Civil Veterinary Department Bihar reports 1936-40 - 1936-1940
Year: 1936
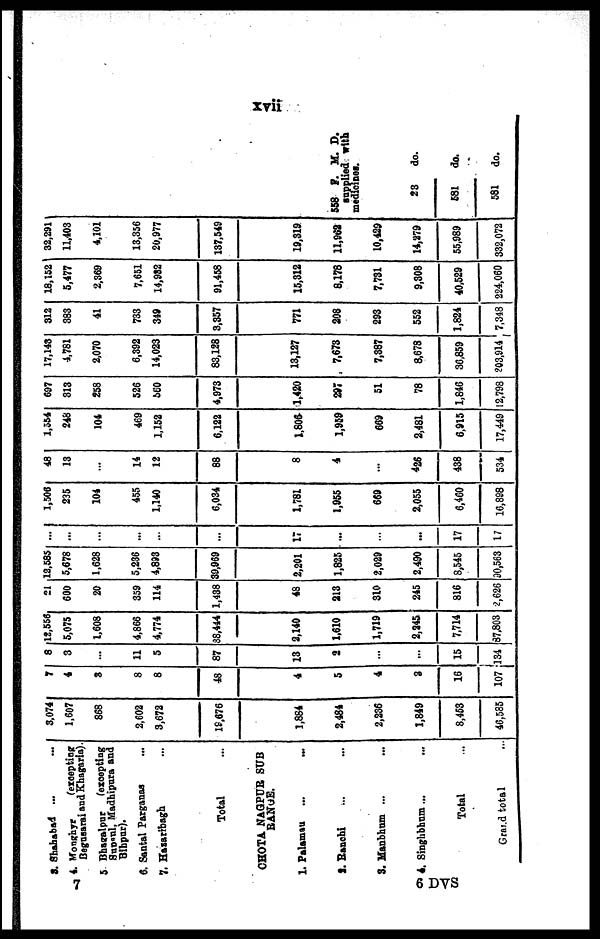
xvii
3 . Shahabad ... ...
4. Monghyr (excepting
Begusarai and Khagaria).
5. Bhagalpur
(excepting
Supaul, Madhipura and
Bihpur).
6. Santal Parganas ...
7. Hazaribagh ...
Total …
CHOTA NAGPUR SUB
RANGE.
1. Palamau
... ...
2. Ranchi ... ...
3. Manbhum ... ...
4. Singhbhum ... ...
Total …
Grand total ...
3,074
1,607
868
2,602
3,672
18,676
1,884
2,484
2,236
1,849
8,453
46,585
7
4
8
8
8
48
4
5
4
3
16
107
8
3
...
11
5
87
13
4
...
...
15
134
12,556
5,075
1,608
4,866
4,774
38,444
2,140
1,610
1,719
2,245
7,714
87,803
21
600
20
359
114
1,438
48
213
310
245
816
2,626
12,585
5,678
1,628
5,236
4,893
39,969
2,201
1,825
2,029
2,490
8,545
90,563
...
…
...
...
…
...
17
...
…
...
17
17
1,506
235
104
455
1,140
6,034
1,781
1,955
669
2,055
6,460
16,898
48
13
...
14
12
88
8
4
...
426
438
534
1,554
248
104
469
1,152
6,122
1,806
1,959
669
2,481
6,915
17,449
697
313
258
526
560
4,973
1,420
297
51
78
1,846
12,798
17,143
4,781
2,070
6,392
14,023
83,128
13,127
7,673
7,387
8,678
36,859
203,914
312
383
41
733
349
3,357
771
208
293
552
1,824
7,348
18,152
5,477
2,369
7,651
14,982
91,458
15,312
8,178
7,731
9,308
40,529
224,060
32,291
11,403
4,101
13,356
20,977
137,549
19,319
11,962
10,429
14,279
55,989
332,072
558 F. M. D.
supplied with
medicines.
23
do.
581
do.
581
do.
7
6 DVS